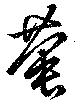
蛬